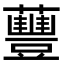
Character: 蘴